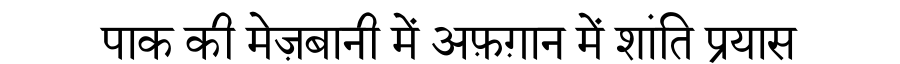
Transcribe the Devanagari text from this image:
पाक की मेज़बानी में अफ़ग़ान में शांति प्रयास